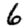
Digit: 6